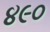
૪૯૦